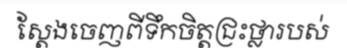
ស្តែងចេញពីទឹកចិត្តជ្រះថ្លារបស់